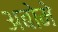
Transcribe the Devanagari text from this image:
अबोमे